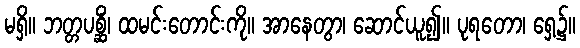
မရှိ။ ဘတ္တပစ္ဆိံ၊ ထမင်းတောင်းကို။ အာနေတွာ၊ ဆောင်ယူ၍။ ပုရတော၊ ရှေ့၌။